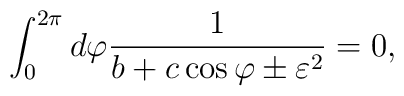
\int_0^{2\pi}d\varphi \frac{1}{b+c\cos\varphi\pm\varepsilon^2} =0,